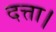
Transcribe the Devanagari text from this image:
दत्ता।